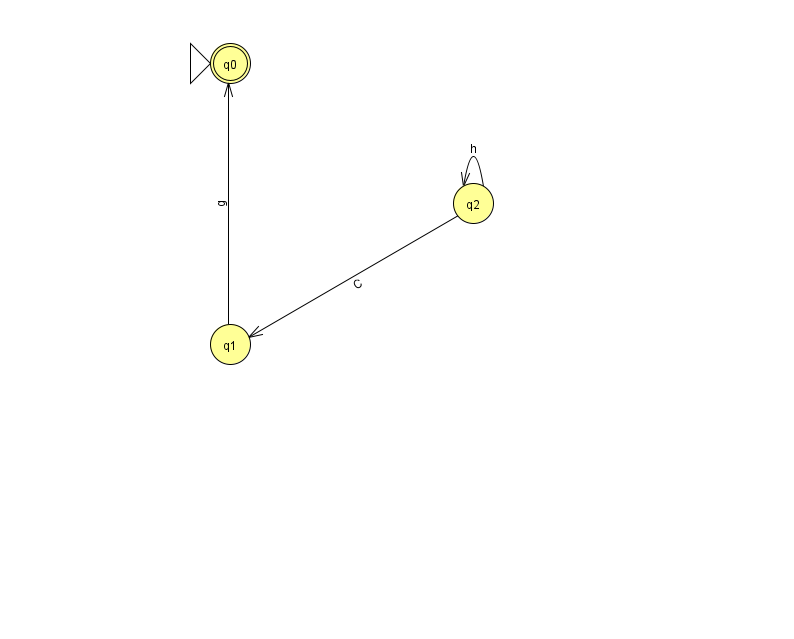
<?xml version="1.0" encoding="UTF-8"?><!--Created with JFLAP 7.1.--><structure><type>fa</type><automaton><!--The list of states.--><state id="0" name="q0"><x>230.0</x><y>50.0</y><initial/><final/></state><state id="1" name="q1"><x>230.0</x><y>331.0</y></state><state id="2" name="q2"><x>473.0</x><y>190.0</y></state><!--The list of transitions.--><transition><from>1</from><to>0</to><read>g</read></transition><transition><from>2</from><to>2</to><read>h</read></transition><transition><from>2</from><to>1</to><read>C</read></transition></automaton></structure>